Elephants and their diseases
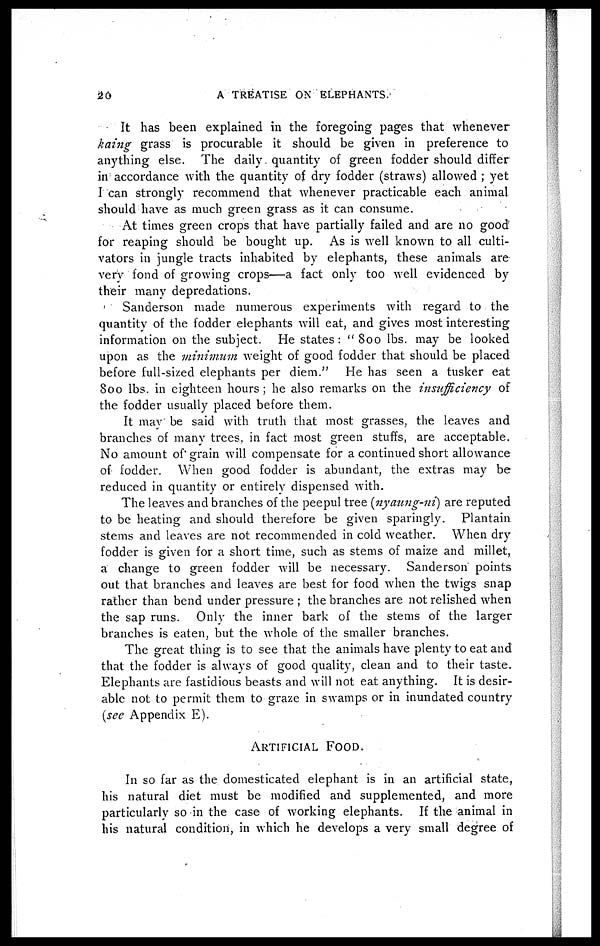
20
A TREATISE ON ELEPHANTS.
It has been explained in the foregoing pages that whenever
kaing grass is procurable it should be given in preference to
anything else. The daily quantity of green fodder should differ
in accordance with the quantity of dry fodder (straws) allowed ; yet
I can strongly recommend that whenever practicable each animal
should have as much green grass as it can consume.
At times green crops that have partially failed and are no good
for reaping should be bought up. As is well known to all culti-
vators in jungle tracts inhabited by elephants, these animals are
very fond of growing crops—a fact only too well evidenced by
their many depredations.
Sanderson made numerous experiments with regard to the
quantity of the fodder elephants will eat, and gives most interesting
information on the subject. He states : "800 lbs. may be looked
upon as the minimum weight of good fodder that should be placed
before full-sized elephants per diem." He has seen a tusker eat
800 lbs. in eighteen hours ; he also remarks on the insufficiency of
the fodder usually placed before them.
It may be said with truth that most grasses, the leaves and
branches of many trees, in fact most green stuffs, are acceptable.
No amount of grain will compensate for a continued short allowance
of fodder
When good fodder is abundant, the extras may be
reduced in quantity or entirely dispensed with.
The leaves and branches of the peepul tree (nyaung-ni) are reputed
to be heating and should therefore be given sparingly. Plantain
stems and leaves are not recommended in cold weather. When dry
fodder is given for a short time, such as stems of maize and millet,
a change to green fodder will be necessary. Sanderson points
out that branches and leaves are best for food when the twigs snap
rather than bend under pressure ; the branches are not relished when
the sap runs. Only the inner bark of the stems of the larger
branches is eaten, but the whole of the smaller branches.
The great thing is to see that the animals have plenty to eat and
that the fodder is always of good quality, clean and to their taste.
Elephants are fastidious beasts and will not eat anything. It is desir-
able not to permit them to graze in swamps or in inundated country
(see Appendix E).
ARTIFICIAL
FOOD.
In so far as the domesticated elephant is in an artificial state,
his natural diet must be modified and supplemented, and more
particularly so in the case of working elephants. If the animal in
his natural condition, in which he develops a very small degree of